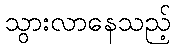
သွားလာနေသည့်